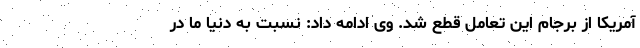
آمریکا از برجام این تعامل قطع شد. وی ادامه داد: نسبت به دنیا ما در